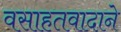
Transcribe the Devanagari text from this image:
वसाहतवादाने